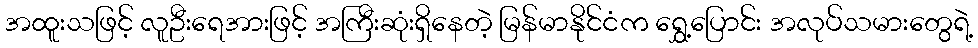
အထူးသဖြင့် လူဦးရေအားဖြင့် အကြီးဆုံးရှိနေတဲ့ မြန်မာနိုင်ငံက ရွှေ့ပြောင်း အလုပ်သမားတွေရဲ့